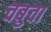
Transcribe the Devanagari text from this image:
चबुवा